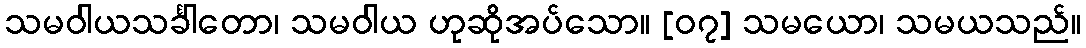
သမဝါယသင်္ခါတော၊ သမဝါယ ဟုဆိုအပ်သော။ [၀၇] သမယော၊ သမယသည်။